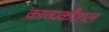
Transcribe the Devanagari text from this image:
काव्यकौशल